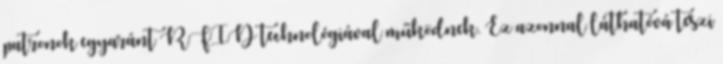
patronok egyaránt RFID technológiával működnek. Ez azonnal láthatóvá teszi